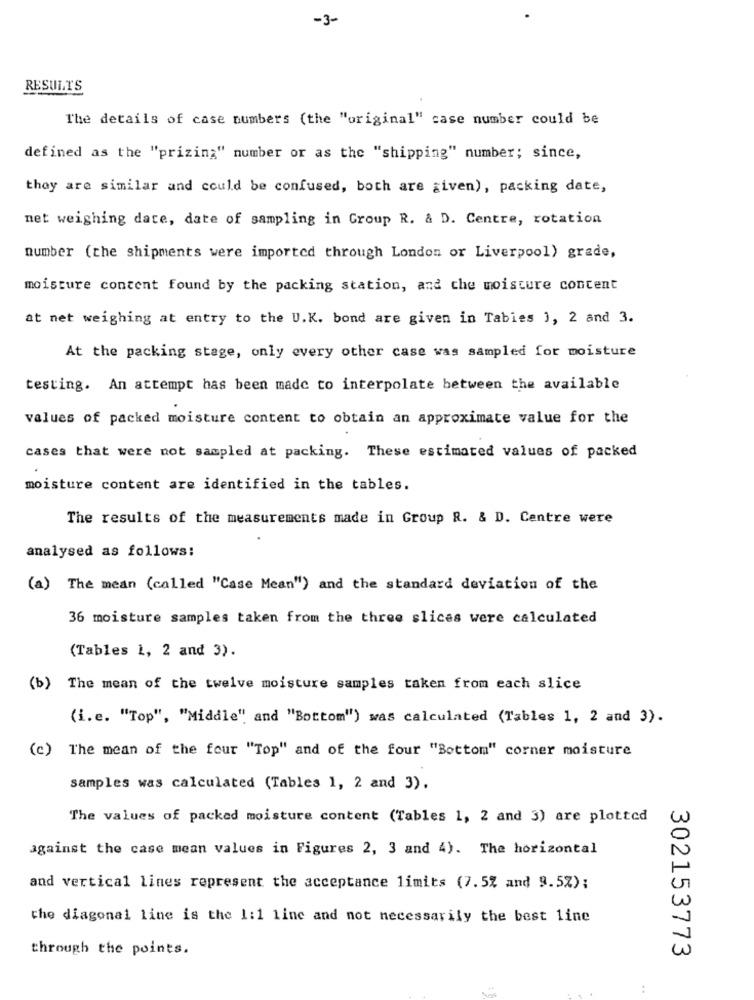
-3-
RESULTS
The details of case numbers (the "original" case number could be
defined as the "prizing" number or as the "shipping" number; since,
they are similar and could be confused, both are given), packing date,
net weighing date, date of sampling in Group R. & D. Centre, rotation
number (the shipments were imported through London or Liverpool) grade,
moisture content found by the packing station, and the moisture content
at net weighing at entry to the U.K. bond are given in Tables 1, 2 and 3.
At the packing stage, only every other case was sampled for moisture
testing. An attempt has been made to interpolate between the available
values of packed moisture content to obtain an approximate value for the
cases that were not sampled at packing. These estimated values of packed
moisture content are identified in the tables.
The results of the measurements made in Group R. & D. Centre were
analysed as follows:
(a) The mean (called "Case Mean") and the standard deviation of the
36 moisture samples taken from the three slices were calculated
(Tables 1, 2 and 3).
(b) The mean of the twelve moisture samples taken from each slice
(i.e. "Top", "Middle" and "Bottom") was calculated (Tables 1, 2 and 3).
(c) The mean of the four "Top" and of the four "Bottom" corner moisture
samples was calculated (Tables 1, 2 and 3).
The values of packed moisture content (Tables 1, 2 and 3) are plotted
against the case mean values in Figures 2, 3 and 4). The horizontal
and vertical Lines represent the acceptance limits (7.5% and 9.5%);
the diagonal line is the 1:1 line and not necessarily the best line
through the points.
302153773